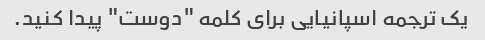
یک ترجمه اسپانیایی برای کلمه "دوست" پیدا کنید.